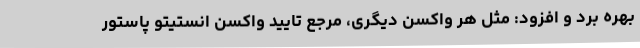
بهره برد و افزود: مثل هر واکسن دیگری، مرجع تایید واکسن انستیتو پاستور